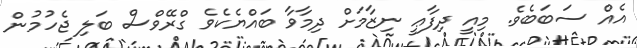
އެއް ސަބަބެވެ. މިއީ ދިފާޢީ ނިޒާމަށް ދިމާވާ ބައްޔެކެވެ ގްރޭވްސް ބަލި ޖެހުމުން